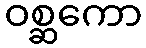
ဝစ္ဆကော